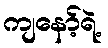
ကျနော့်ရဲ့